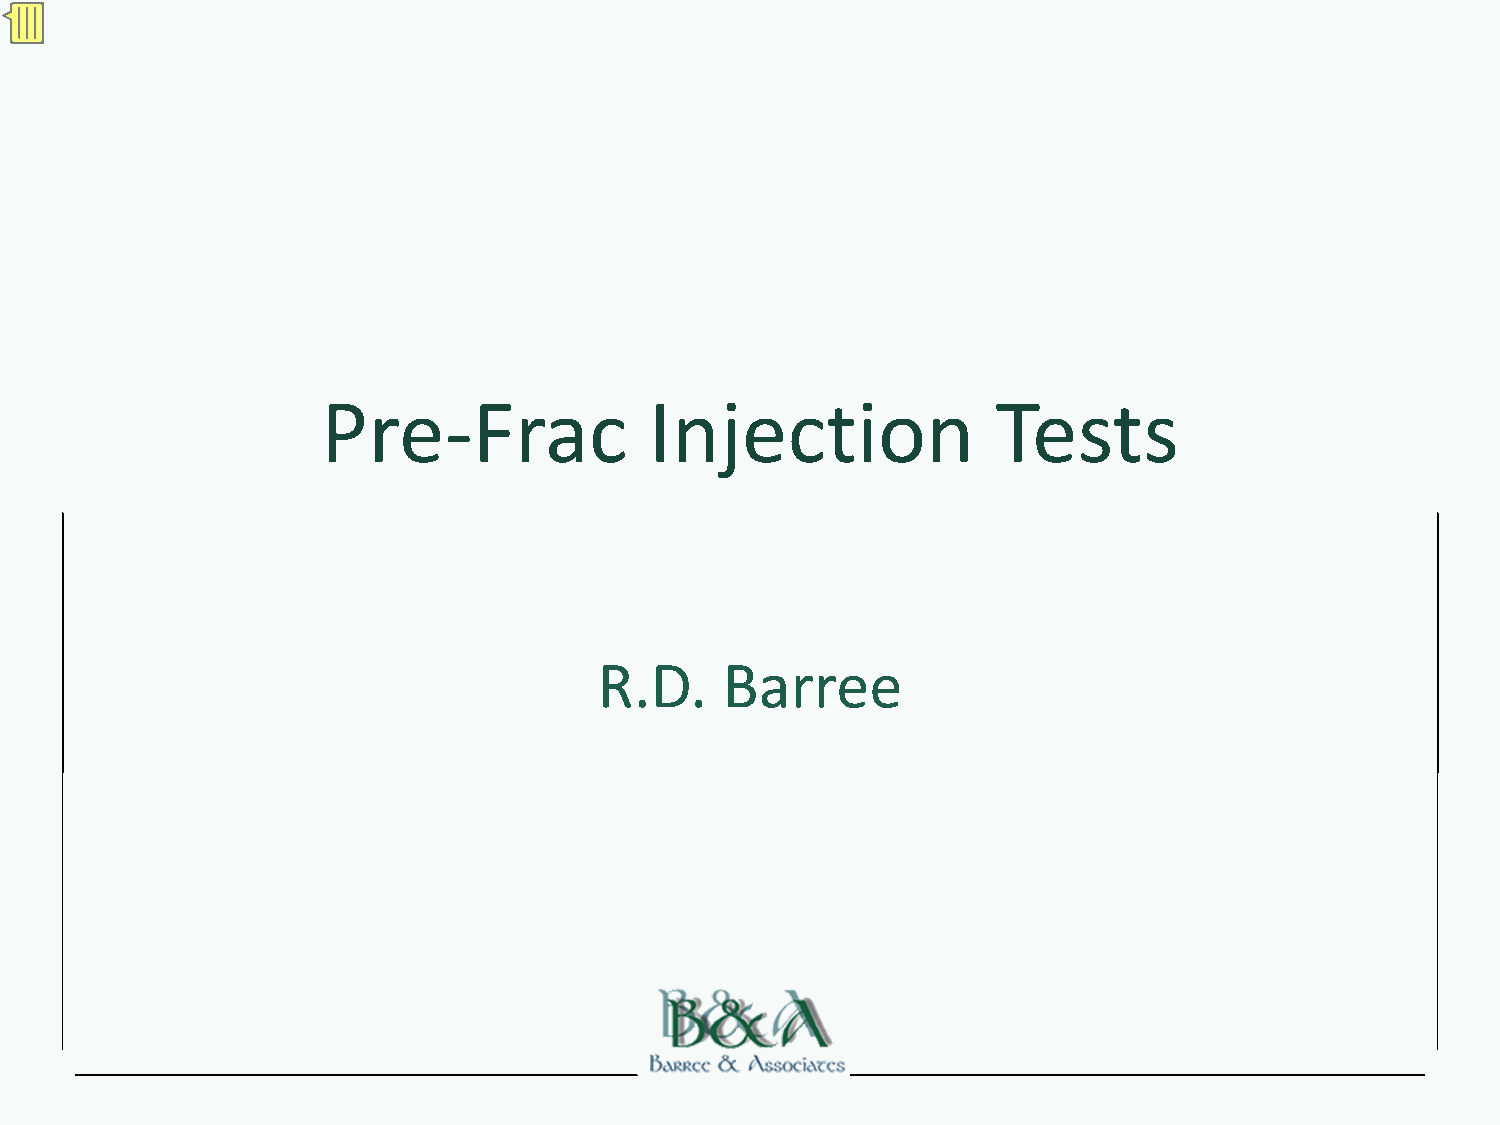
Pre‐Frac              Injection              Tests
 R.D.    Barree